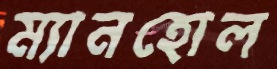
ম্যানহোল